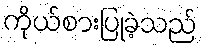
ကိုယ်စားပြုခဲ့သည်